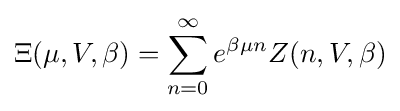
\Xi (\mu ,V,\beta )=\sum _{n=0}^{\infty }e^{\beta \mu n}Z(n,V,\beta )